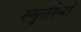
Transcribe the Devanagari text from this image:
स्मृतीनां